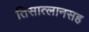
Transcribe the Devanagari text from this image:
तिसात्लानसह